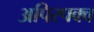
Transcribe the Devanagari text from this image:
अपिरपक्व